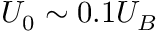
U _ { 0 } \sim 0 . 1 U _ { B }